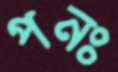
পনঃ